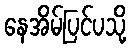
နေအိမ်ပြင်ပသို့